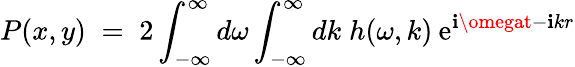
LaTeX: P(x,y)\; =\; 2\int_{-\infty}^{\infty}d\omega\int_{-\infty}^{\infty}dk\; h(\omega,k)\: \mathrm{e}^{\mathbf{i}\omegat-\mathbf{i}kr}